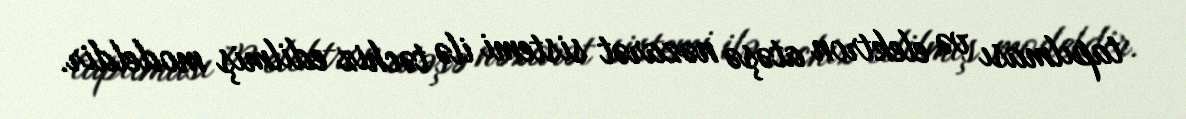
tapılması və elektron atəşə nəzarət sistemi ilə təchiz edilmiş modeldir.